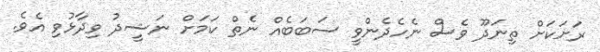
ރަށަކަށް ތިނަދޫ ވެސް ނެހެދެންވީ ސަބަބެއް ނެތް ކަމަށް ނަޝީދު ވިދާޅުވި އެވެ.